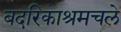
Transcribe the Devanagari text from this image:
बदरिकाश्रमचले